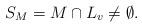
LaTeX: \begin{align*}S_M=M\cap L_v\not =\emptyset.\end{align*}